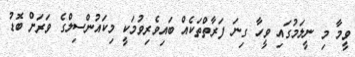
ވީމާ މި ނީލަމުގައި ވީހާ ގިނަ ފަރާތްތަކެއް ބައިވެރިވުމަކީ މިކައުންސިލްގެ ވަރަށް ބޮޑު